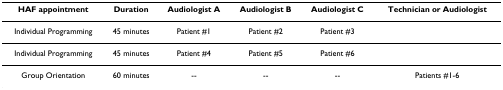
| HAF appointment | Duration | Audiologist A | Audiologist B | Audiologist C | Technician or Audiologist |
 | --- | --- | --- | --- | --- | --- |
 | Individual Programming | 45 minutes | Patient #1 | Patient #2 | Patient #3 |  |
 | Individual Programming | 45 minutes | Patient #4 | Patient #5 | Patient #6 |  |
 | Group Orientation | 60 minutes | -- | -- | -- | Patients #1-6 |